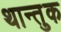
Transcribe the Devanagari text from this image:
थान्तुक